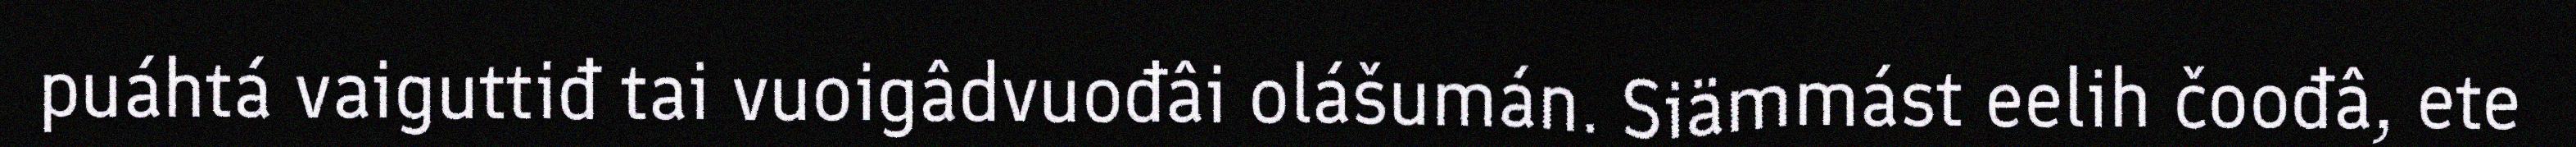
puáhtá vaiguttiđ tai vuoigâdvuođâi olášumán. Siämmást eelih čoođâ, ete